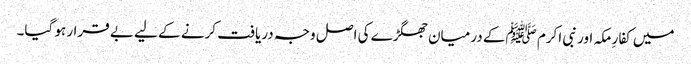
میں کفارِ مکہ اور نبی اکرم ﷺکے درمیان جھگڑے کی اصل وجہ دریافت کرنے کے لیے بے قرار ہو گیا۔